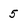
Character: 5